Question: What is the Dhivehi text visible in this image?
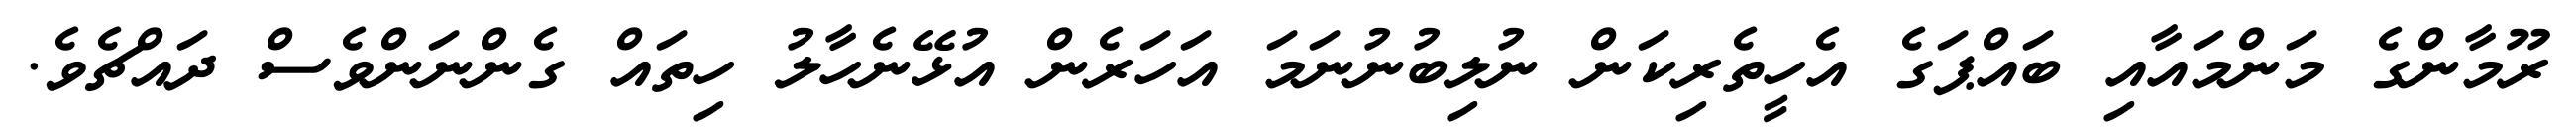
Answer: ރޫމާންގެ މަންމައާއި ބައްޕަގެ އެހީތެރިކަން ނުލިބުނުނަމަ އަހަރެން އުޅޭނެހާލު ހިތައް ގެންނަންވެސް ދައްޗެވެ.